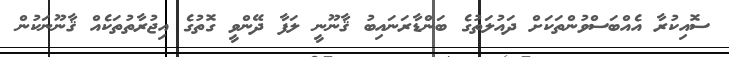
ސޮއިކުރާ އެއްބަސްވުންތަކަށް ދައުލަތުގެ ބަންޑާރަނައިބު ޤާނޫނީ ލަފާ ދޭންވީ ގޮތުގެ އިޖުރާތުތަކެއް ޤާނޫނަކުން